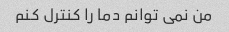
من نمی توانم دما را کنترل کنم